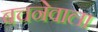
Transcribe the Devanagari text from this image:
बचनेवाला